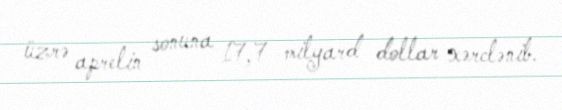
üzrə aprelin sonuna 17,7 milyard dollar xərclənib.